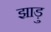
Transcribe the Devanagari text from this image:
झाड़ु